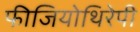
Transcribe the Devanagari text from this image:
फीजियोथिरेपी